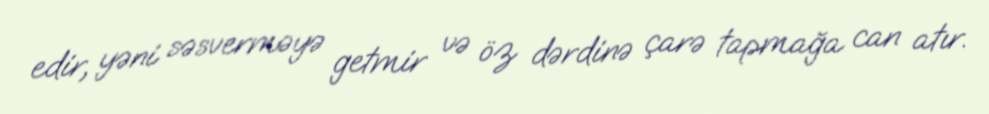
edir, yəni səsverməyə getmir və öz dərdinə çarə tapmağa can atır.